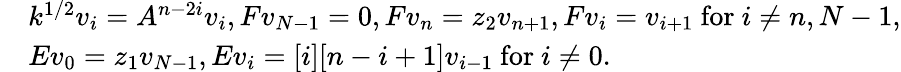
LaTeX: \begin{array}{rl}{}&{k^{1/2}v_{i}=A^{n-2i}v_{i},Fv_{N-1}=0,Fv_{n}=z_{2}v_{n+1},Fv_{i}=v_{i+1}\mathrm{~for~}i\neq n,N-1,}\\ {}&{Ev_{0}=z_{1}v_{N-1},Ev_{i}=[i][n-i+1]v_{i-1}\mathrm{~for~}i\neq 0.}\end{array}